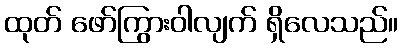
ထုတ် ဖော်ကြွားဝါလျက် ရှိလေသည်။